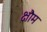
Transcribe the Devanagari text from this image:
क्षौम